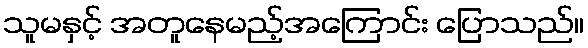
သူမနှင့် အတူနေမည့်အကြောင်း ပြောသည်။